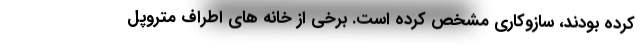
کرده بودند، سازوکاری مشخص کرده است. برخی از خانه‌ های اطراف متروپل